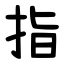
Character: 指